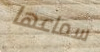
سماعها